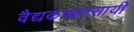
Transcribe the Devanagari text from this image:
वैद्यकव्यवसायी